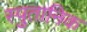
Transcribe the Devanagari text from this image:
स्पुतानिक